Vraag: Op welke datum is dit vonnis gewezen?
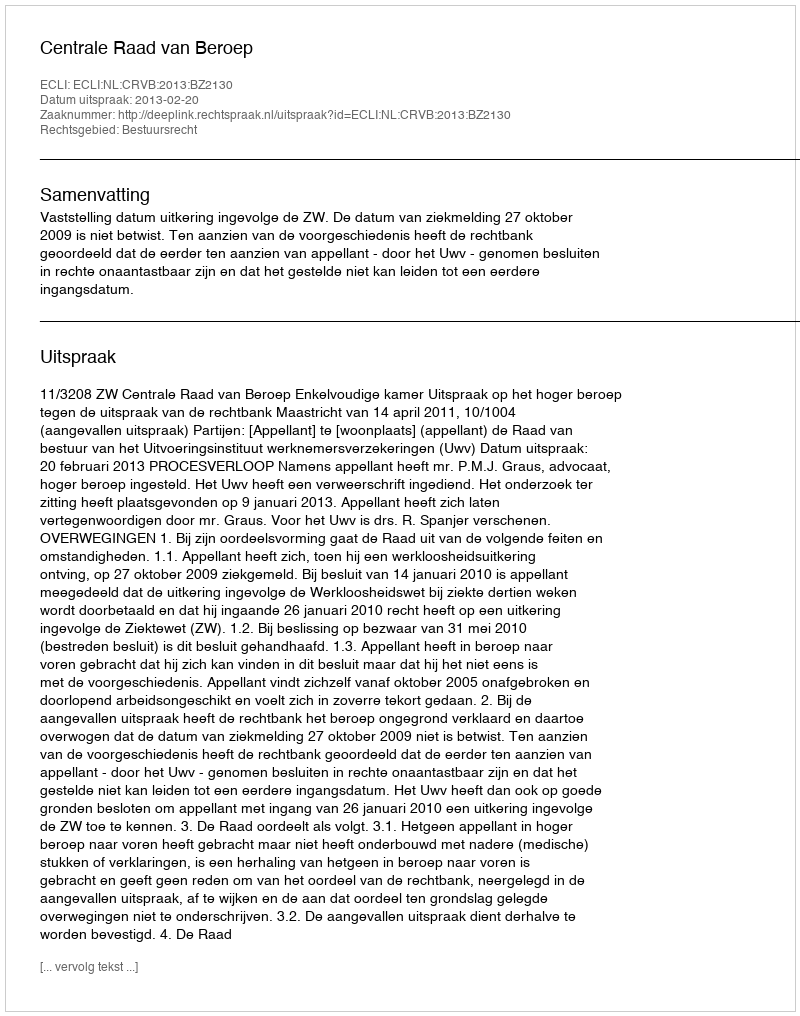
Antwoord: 2013-02-20